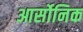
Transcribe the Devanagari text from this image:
आर्सोनिक